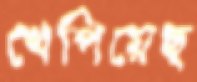
খেপিয়েছ